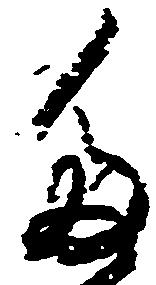
た